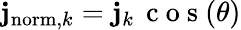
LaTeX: \mathbf{j}_{\mathrm{norm},k}=\mathbf{j}_{k}\, \mathrm{~c~o~s~}(\theta)